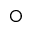
\bigcirc